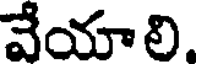
వేయాలి.